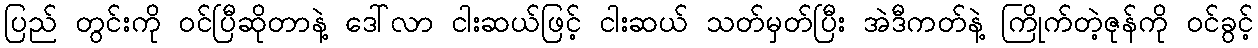
ပြည် တွင်းကို ဝင်ပြီဆိုတာနဲ့ ဒေါ်လာ ငါးဆယ်ဖြင့် ငါးဆယ် သတ်မှတ်ပြီး အဲဒီကတ်နဲ့ ကြိုက်တဲ့ဇုန်ကို ဝင်ခွင့်